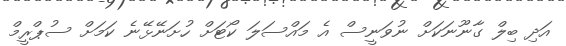
އަދި ބިލް ގާނޫނަކަށް ނުވަނީސް އެ މައްސަލަ ކޯޓަށް ހުށަނޭޅޭނެ ކަމަށް ސުޕްރީމް